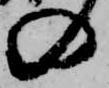
の